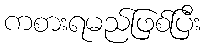
ကစားရမည်ဖြစ်ပြီး